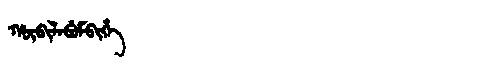
Manchu: ᡥᡡᠪᡳᠯᠠᠪᡠᠮᠪᡳᡥᡝ
Romanization: HŪBILABUMBIHE